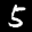
Label: 5